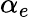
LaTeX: \alpha_{e}